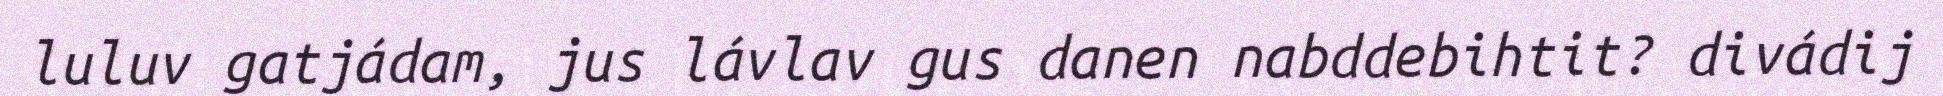
luluv gatjádam, jus lávlav gus danen nabddebihtit? divádij